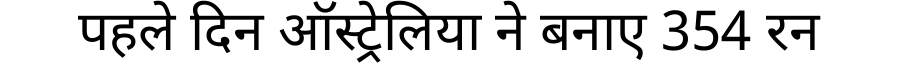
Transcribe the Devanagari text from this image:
पहले दिन ऑस्ट्रेलिया ने बनाए 354 रन